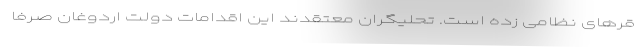
قر‌های نظامی زده است. تحلیگران معتقدند این اقدامات دولت اردوغان صرفا